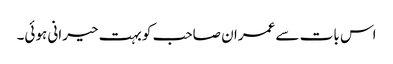
اس بات سے عمران صاحب کو بہت حیرانی ہوئی۔